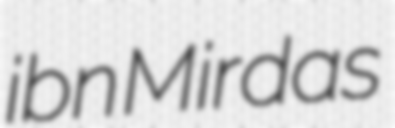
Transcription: ibn Mirdas